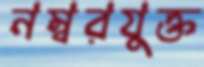
নম্বরযুক্ত